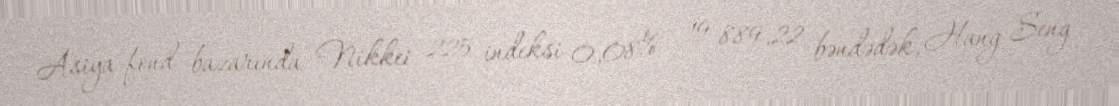
Asiya fond bazarında Nikkei 225 indeksi 0,08% - 19 889,22 bəndədək, Hang Seng